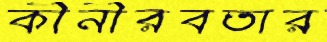
কীনীরবতার